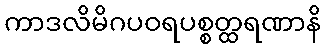
ကာဒလိမိဂပဝရပစ္စတ္ထရဏာနိ